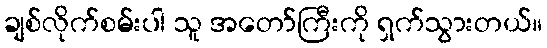
ချစ်လိုက်စမ်းပါ သူ အတော်ကြီးကို ရှက်သွားတယ်။